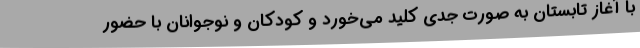
با آغاز تابستان به صورت جدی کلید می‌خورد و کودکان و نوجوانان با حضور